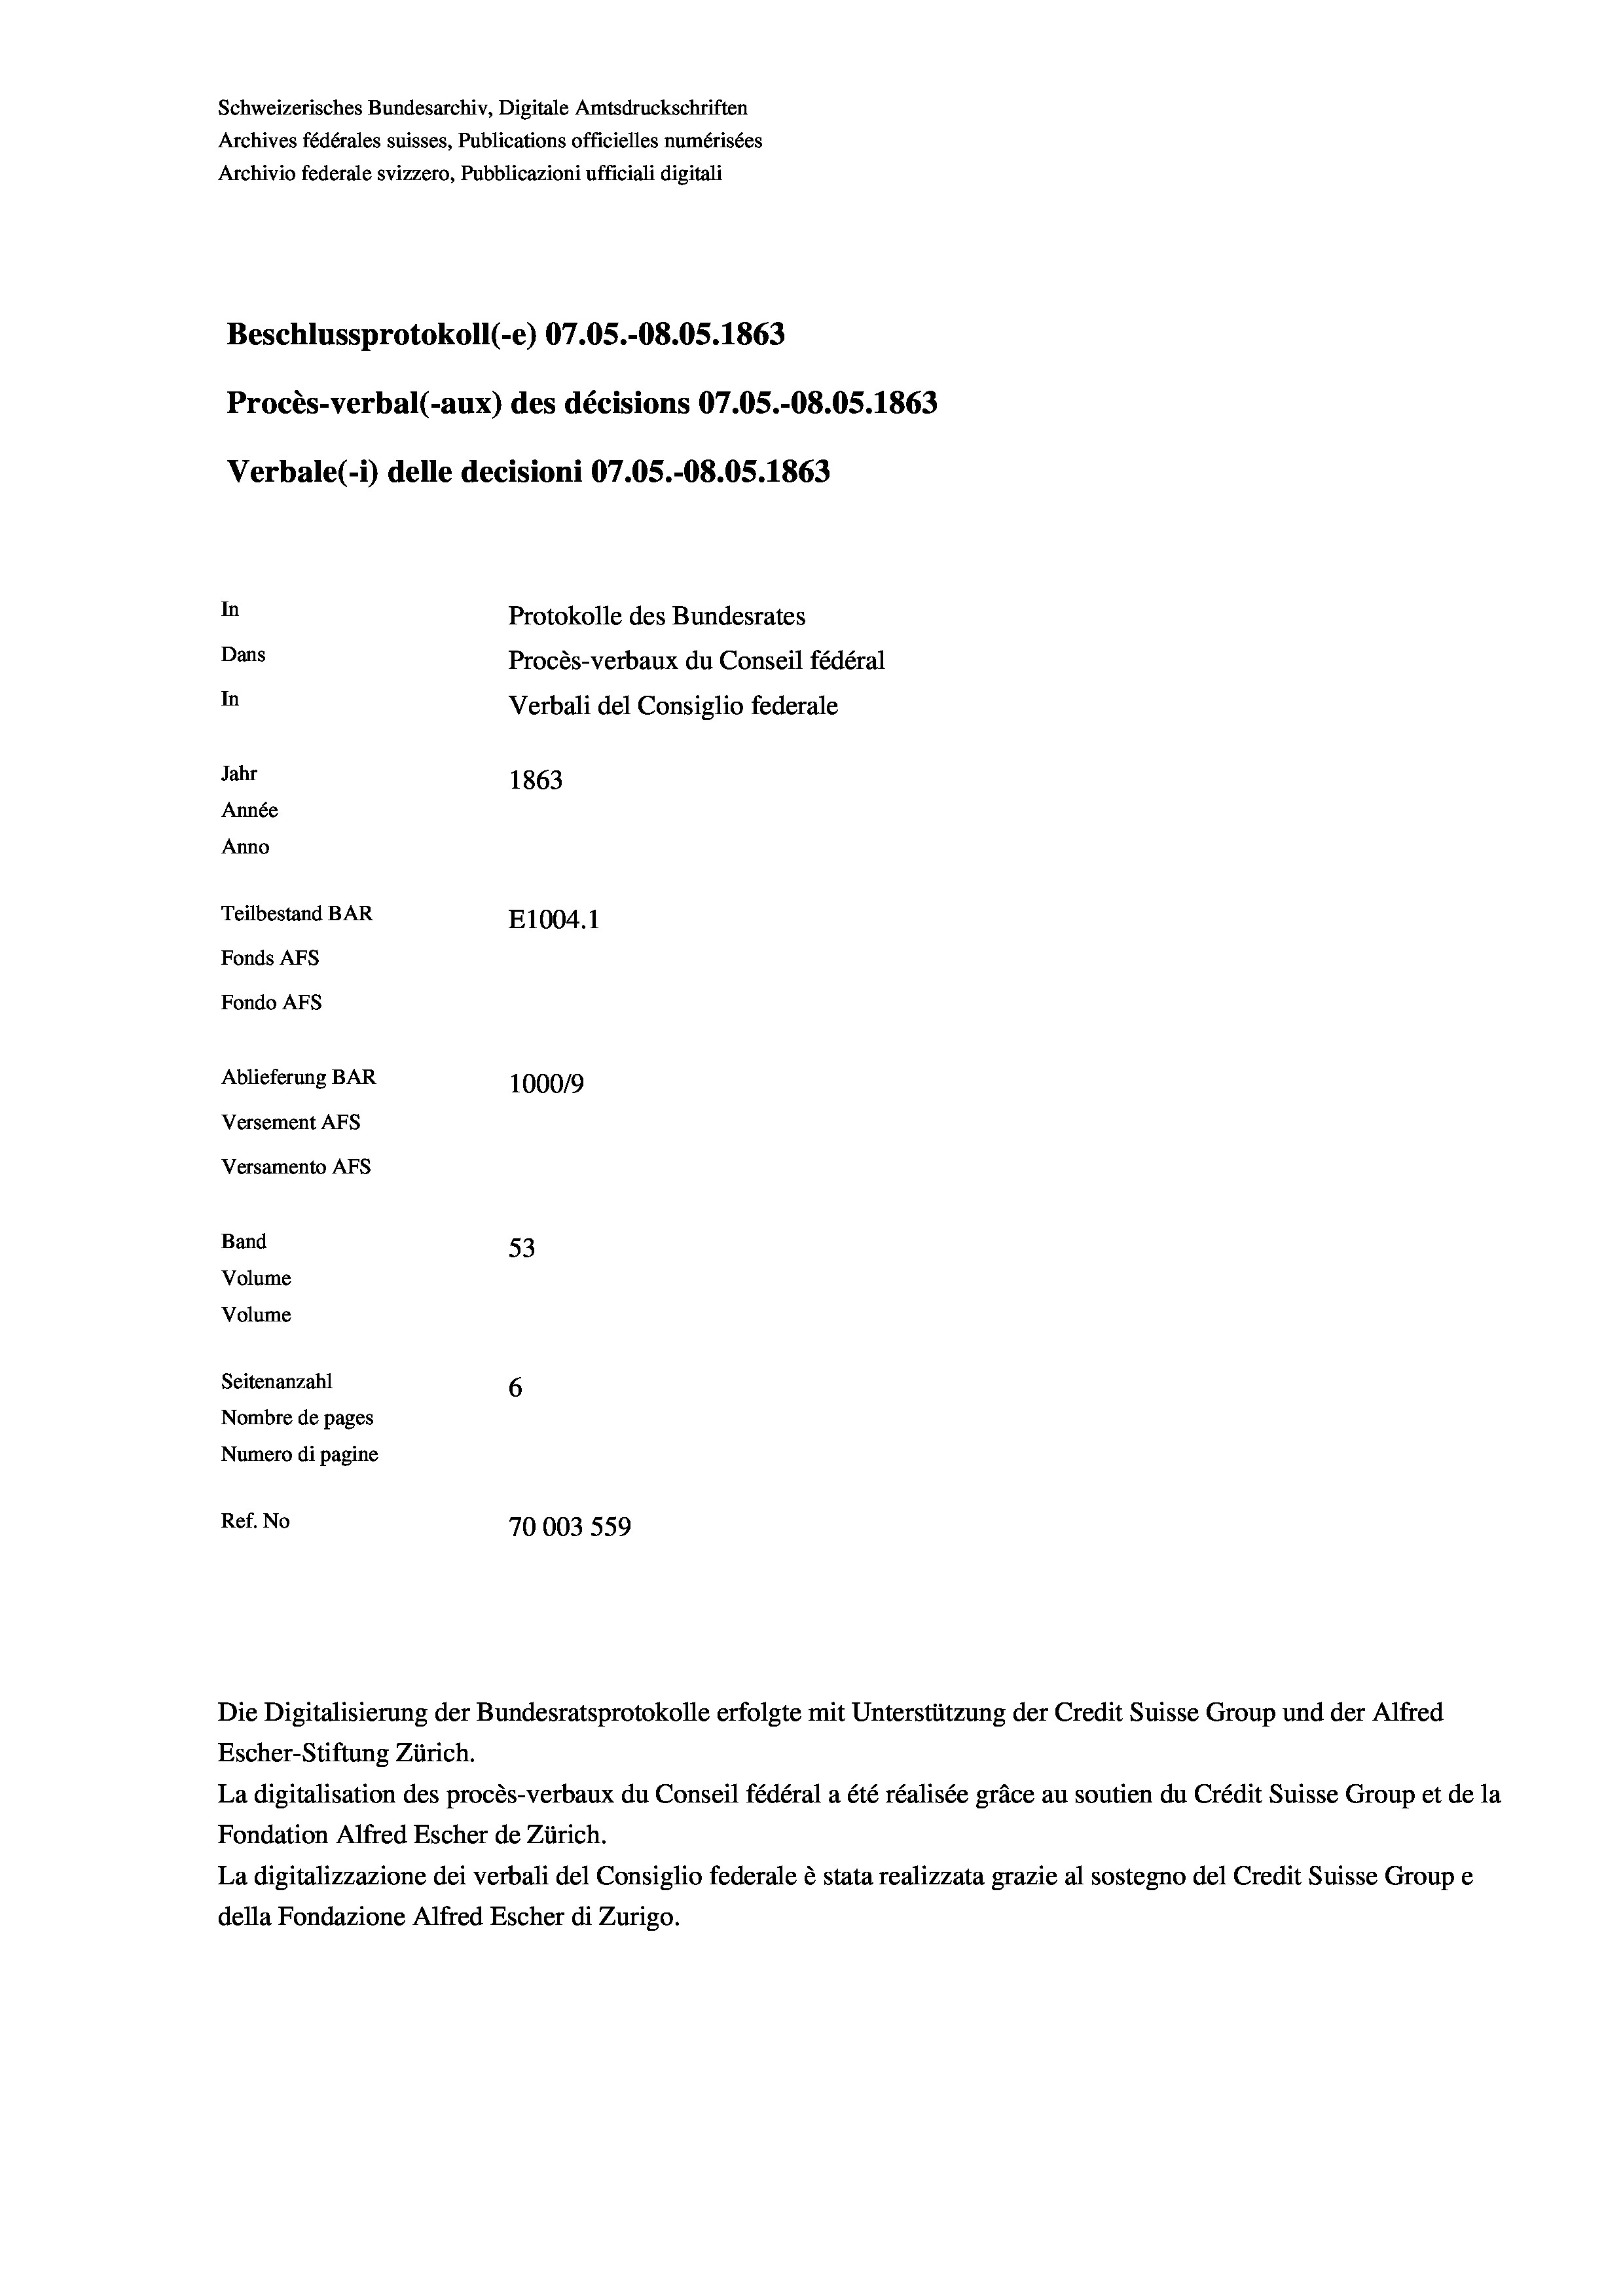
Schweizerisches Bundesarchiv, Digitale Amtsdruckschriften
Archives fédérales suisses, Publications officielles numérisées
Archivio federale svizzero, Pubblicazioni ufficiali digitali
Beschlussprotokoll (-e) 07.05.-O8.05. 1863
Procès-verbal (-aux) des décisions 07.05.-O8.05. 1863
Verbale(*) delle decisioni 07.05.-O8.05. 1863
In
Protokolle des Bundesrates
Dans
Procès-verbaux du Conseil fédéral
In
Verbali del Consiglio federale
Jahr
1863
Année
Anno
Teilbestand BAR
E1004.1
Fonds AFs
Fondo AFS
Ablieferung BAR
100019
Versement As
Versamento AFs
Band
53
Volume
Volume
Seitenanzahl
6

Nombre de pages
Numero di pagine
Ref. No
70003559

La digitalisation des procès-verbaux du Conseil fédéral a été réalisée gräce au soutien du Crédit Suisse Group et de la
Fondation Alfred Escher de Zürich.
La digitalizzazione dei verbali del Consiglio federale è stata realizzata grazie al sostegno del Credit Suisse Groupe
della Fondazione Alfred Escher di Zurigo.

Die Digitalisierung der Bundesratsprotokolle erfolgte mit Unterstützung der Credit Suisse Group und der Alfred
Escher-Stiftung Zürich.